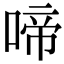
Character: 啼